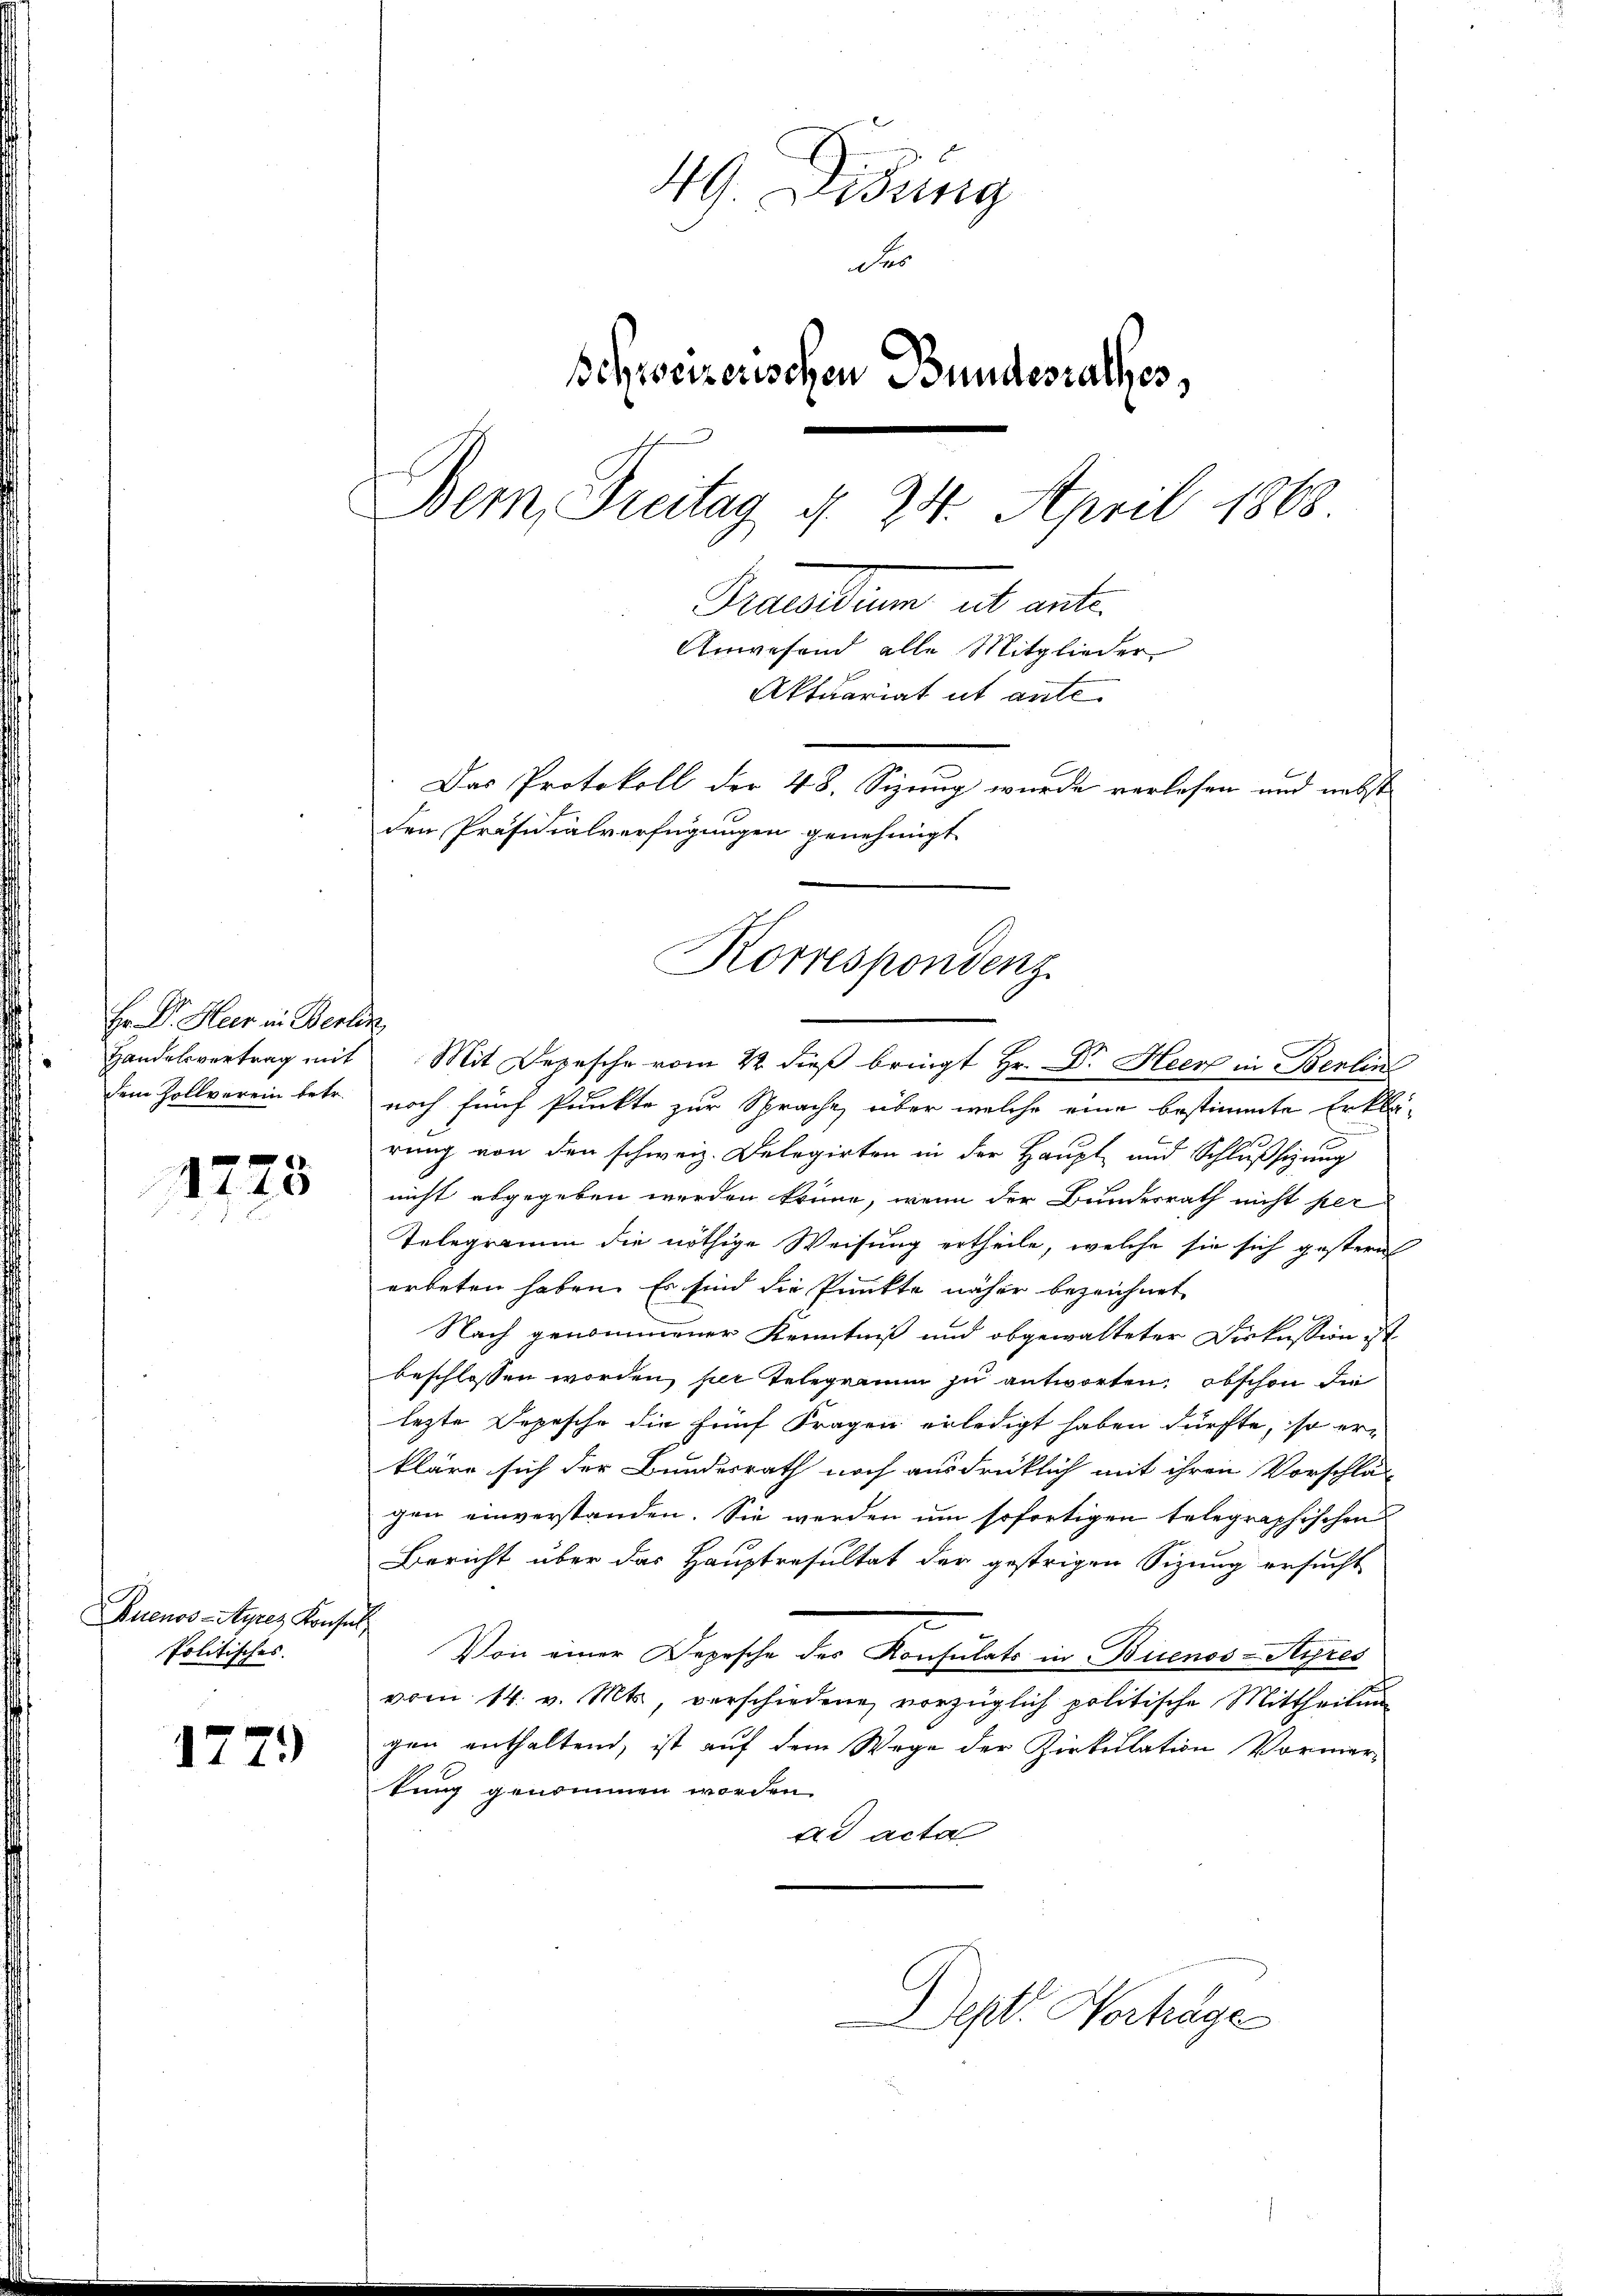
Hr. Dr. Heer in Berlin
Handelsvertrag mit

1725

Buenos-Ayres Konsul
Politisches.

1779

49. Didung
der
Schweizerischen Bundesrathes,
Bem, Freitag d. 24. April 1868
Gruendium als ant
Anwesend alle Mitglieder
Aktuariat ut ante
Das Protokoll der 48. Sizung wurde verlesen und nebst
den Präsidialverfügungen genehmigt

dem Zollverein betr. noch fünf Punkte zur Sprache, über welche eine bestimmte Erklä-
rung von den schweiz. Delegirten in der Haupt und Schlußsizung
nicht abgegeben werden könne, wenn der Bundesrath nicht per
Telegramm die nöthige Weisung ertheile, welche sie sich gestern
erbeten haben. Es sind die Punkte näher bezeichnet,
Nach genommener Kenntniß und obgewalteter Diskussion ist
beschlossen worden, per Telegramm zu antworten, obschon die
lezte Depesche die fünf Fragen erledigt haben dürfte, so erkläre sich der Bundesrath noch ausdrücklich mit ihren Vorschlägen einverstanden. Sie werden um sofortigen telegraphischen
Bericht über das Hauptresultat der gestrigen Sizung ersucht
Von einer Depesche des Konsulats in Buenos-Ayres
vom 14. v. Mts., verschiedene vorzüglich politische Mittheilung
gen enthaltend, ist auf dem Wege der Zirkulation Vormertung genommen worden.
ad acter

Korrespondenz
Mit Depesche vom 22. dieß bringt Hr. Dr. Heer in Berlin

Dept. Verhage